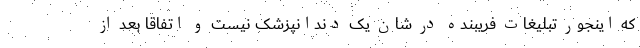
که اینجور تبلیغات فریبنده در شان یک دندانپزشک نیست و اتفاقاً بعد از